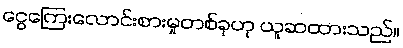
ငွေကြေးလောင်းစားမှုတစ်ခုဟု ယူဆထားသည်။